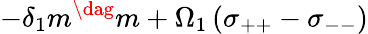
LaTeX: -\delta_{1}m^{\dag}m+\Omega_{1}\left(\sigma_{++}-\sigma_{--}\right)